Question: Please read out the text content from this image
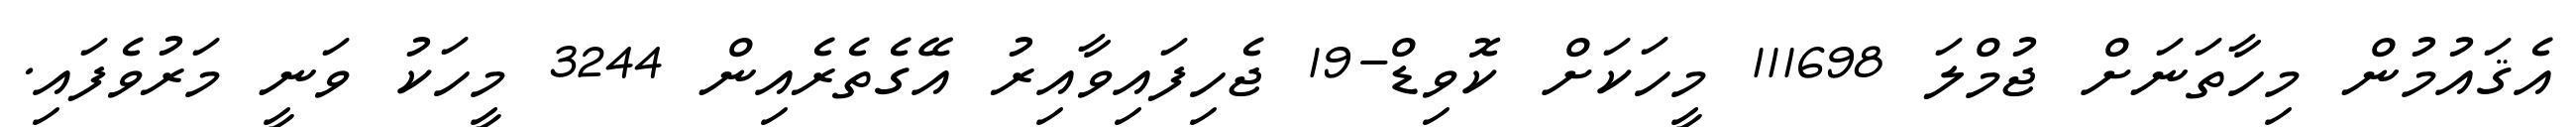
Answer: އެޤައުމުން މިހާތަނަށް ޖުމްލަ 111698 މީހަކަށް ކޮވިޑް-19 ޖެހިފައިވާއިރު އޭގެތެރެއިން 3244 މީހަކު ވަނީ މަރުވެފައި.